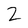
Character: 2